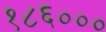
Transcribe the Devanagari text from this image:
१८६०००